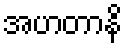
အဟတာနိ